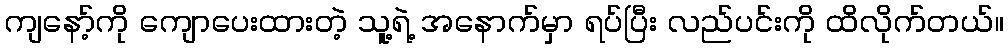
ကျနော့်ကို ကျောပေးထားတဲ့ သူ့ရဲ့ အနောက်မှာ ရပ်ပြီး လည်ပင်းကို ထိလိုက်တယ်။